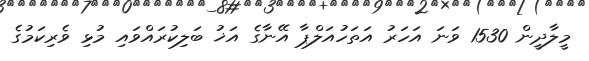
މީލާދީން 1530 ވަނަ އަހަރު އަތަހުއަލްޕާ އޭނާގެ އަޚު ބަލިކުރައްވައި މުޅި ވެރިކަމުގެ